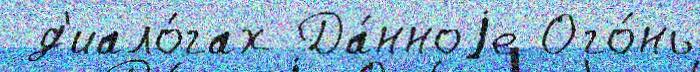
 д'иало́гах Да́нноjе Ого́нь